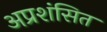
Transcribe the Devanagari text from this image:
अप्रशंसित